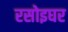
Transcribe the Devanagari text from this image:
रसोइघर